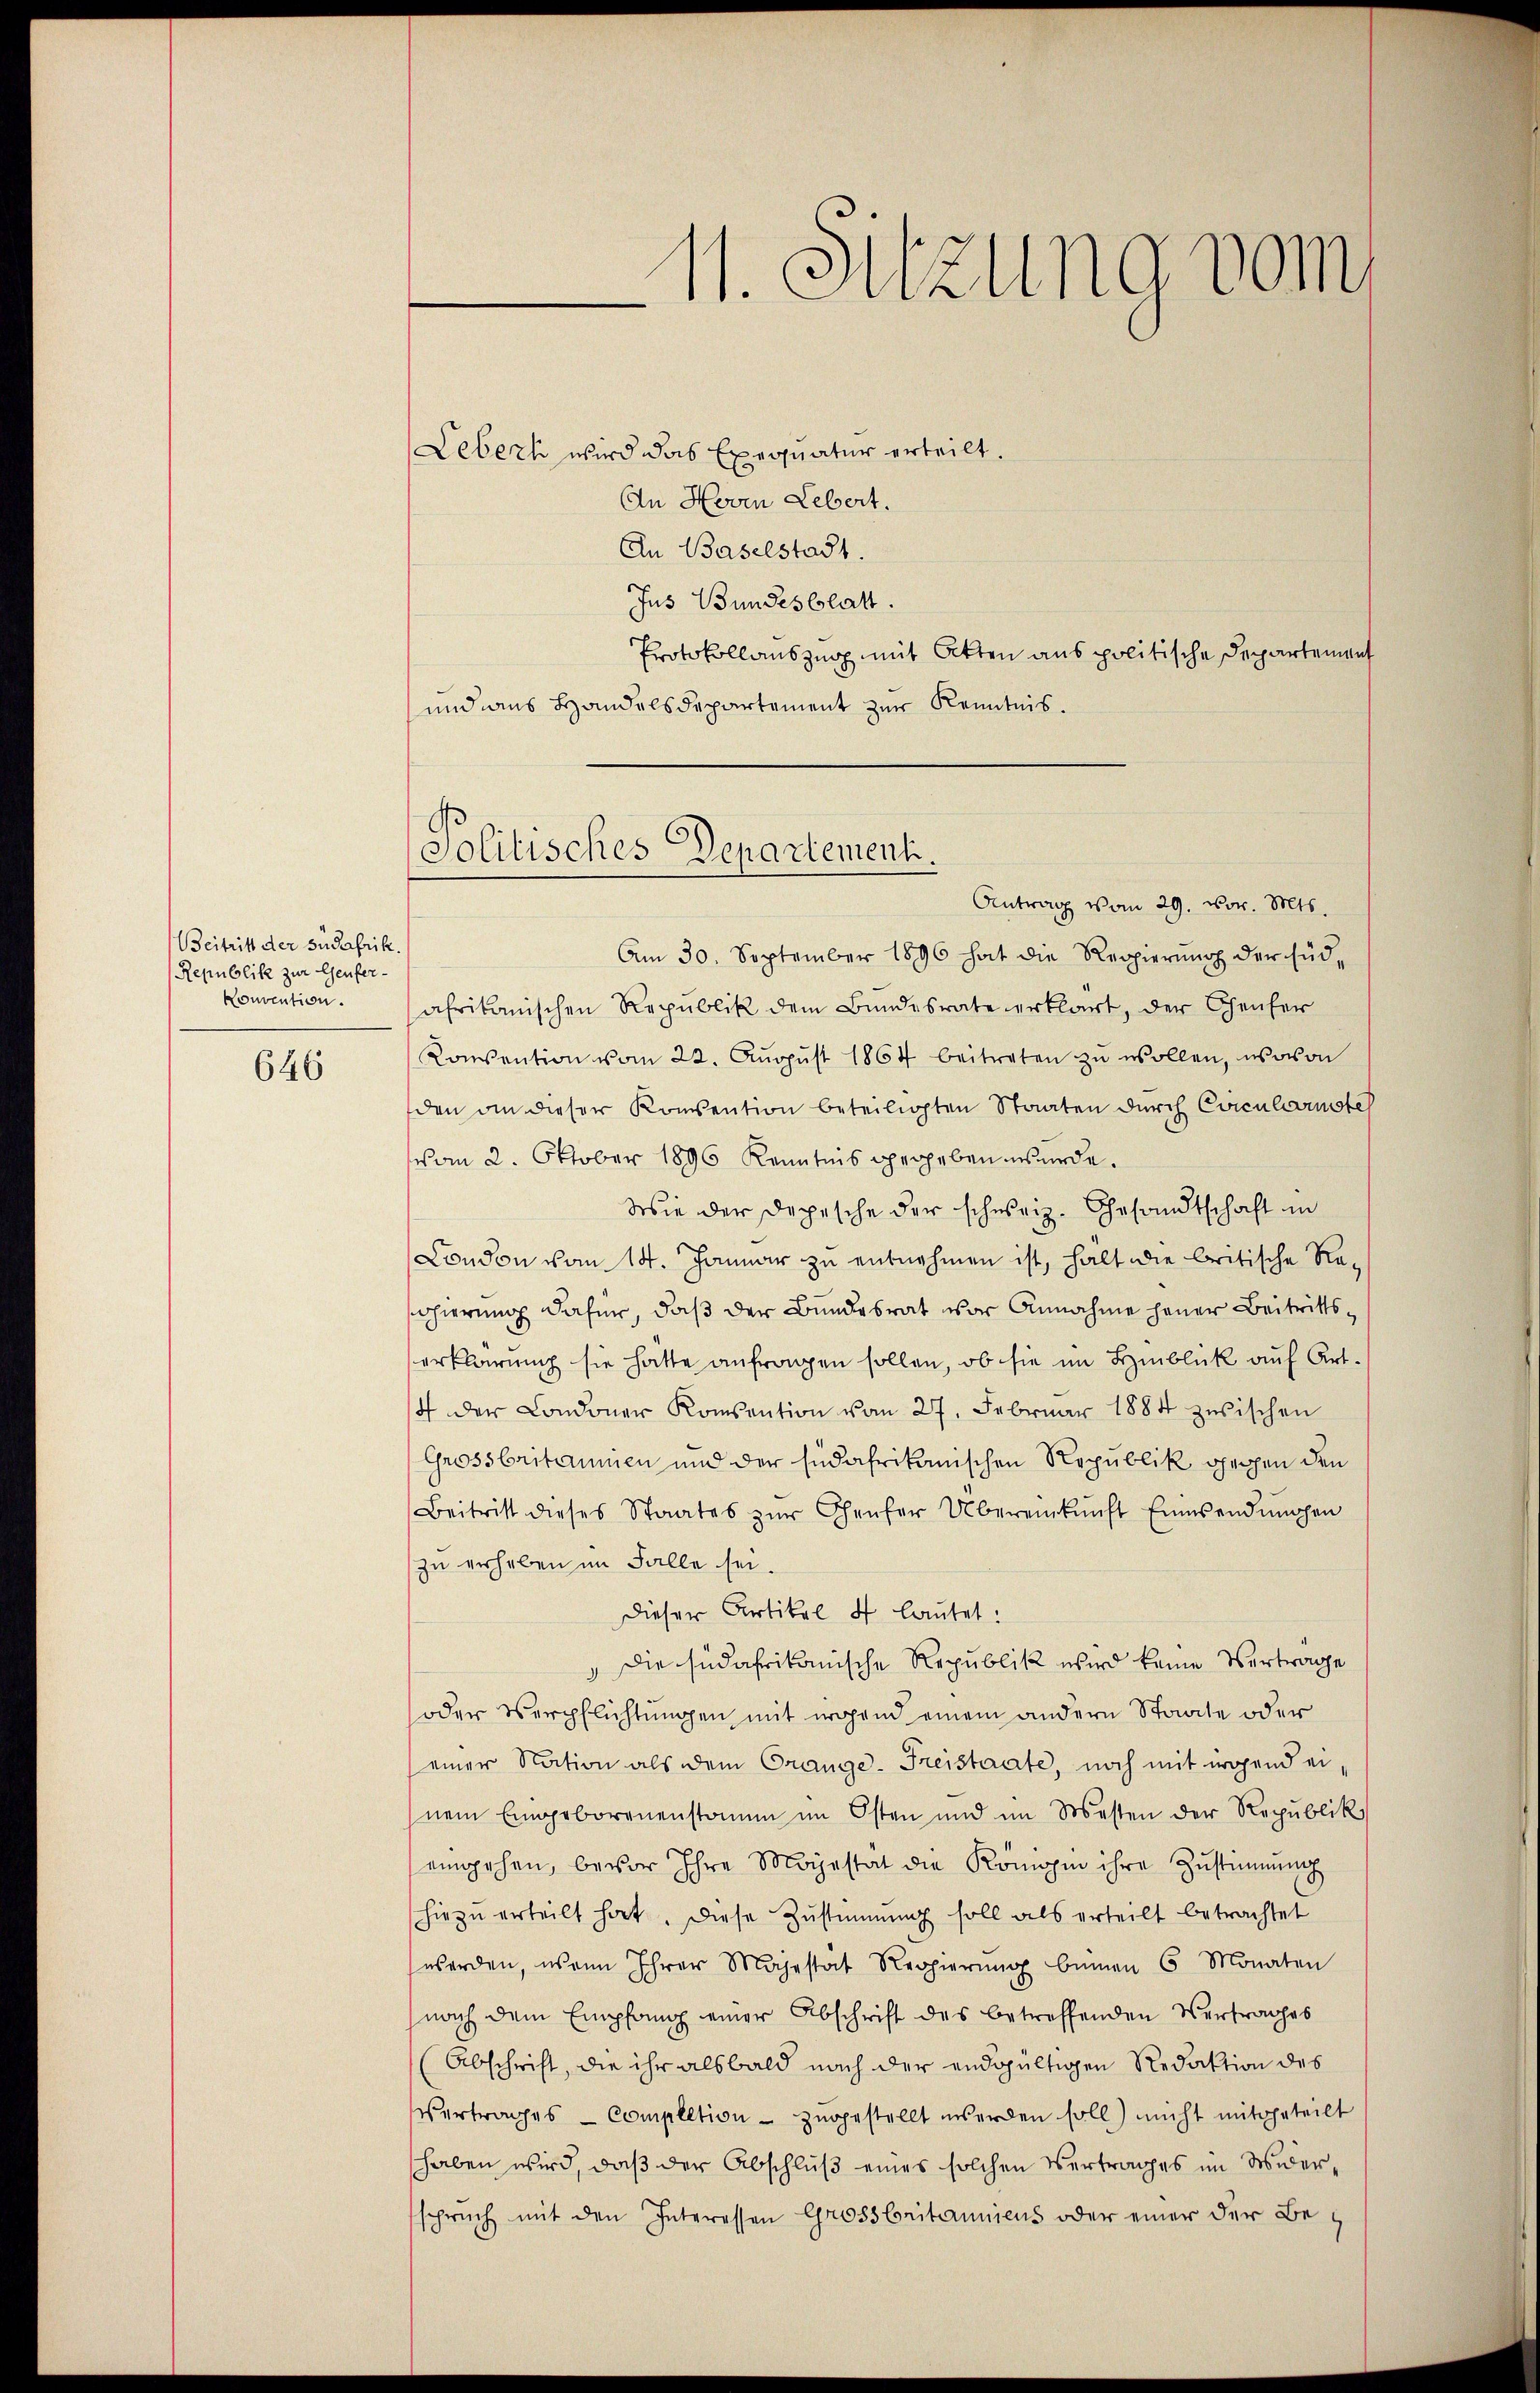
Beitritt der südafrik
Republik zur Genfer-
Konvention.

646

11. Sitzung vom

Lebeck wird das Exequatur erteilt.
An Hoven Lebert.
An Baselstadt
Jus Bundesblatt.
Protokollauszug mit Atten aus politische Departement
und aus Handelsdepartement zur Kenntnis.
Am 30. September 1896 hat die Regierŭng der süd-
afrikanischen Republik dem Bundesrate erklärt, der Genfer
Konvention vom 22. Aŭgŭst 1867 beitreten zŭ wollen, wovon
den an dieser Konvention beteiligten Staaten durch Circularsteh
vom 2. Oktober 1896 Kenntnis gegeben wurde.
Wie der Depesche der schweiz. Gesandtschaft in
Condon vom 14. Januar zu entnehmen ist, halt die britische Re-
shierung dafür, daß der Bundesrat vor Annahme jener Beitrittserklärung sie hätte anfragen sollen, ob sie im Hinblick auf Art.
/4 der Condoner Konsention vom 27. Februar 1884 zwischen
Grossbritannien und der südafrikanischen Republik gegen den
Beitritt dieses Staates zŭr Gheŭfer Übereinkunft Einsendmachen
zu verheben im Falle sei.
Dieser Artikel 5 lautet:
Die südafrikanische Republik wird keine Vertrage
oder Verpflichtungen mit irgend einem andern Staate oder
einer Nation als dem Crange-Freistaate, noch mit irgend ei
nem Eingeborenenstamm im Osten und im Westen der Republik
eingehen, bevor Ihre Majestät die Königin ihre Zustimmung
hiezu erteilt hat. Diese Zustimmung soll als erteilt betrachtet
werden, wenn Ihrer Majestat Regierŭng beinen 6 Monaten
nach dem Empfang einer Abschrift des betreffenden Vertrages
Abschrift, die ihr alsbald nach der endgültigen Redaktion des
Vertrages - Complltion - zugestellt unseren soll) nicht mitgeteilt
haben wird, daß der Abschluß eines solchen Vertrages im Widersprŭch mit den Interessen Grossbritanniens oder einer der Be¬

Solitisches Departement.
Antrag vom 29. vor. Mts.